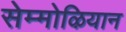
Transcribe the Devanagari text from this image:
सेम्मोऴियान